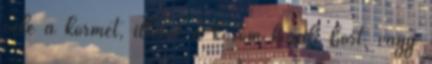
vele a körmét, illetve a köröm körüli bőrt, vagy